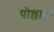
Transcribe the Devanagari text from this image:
पोल्लाक